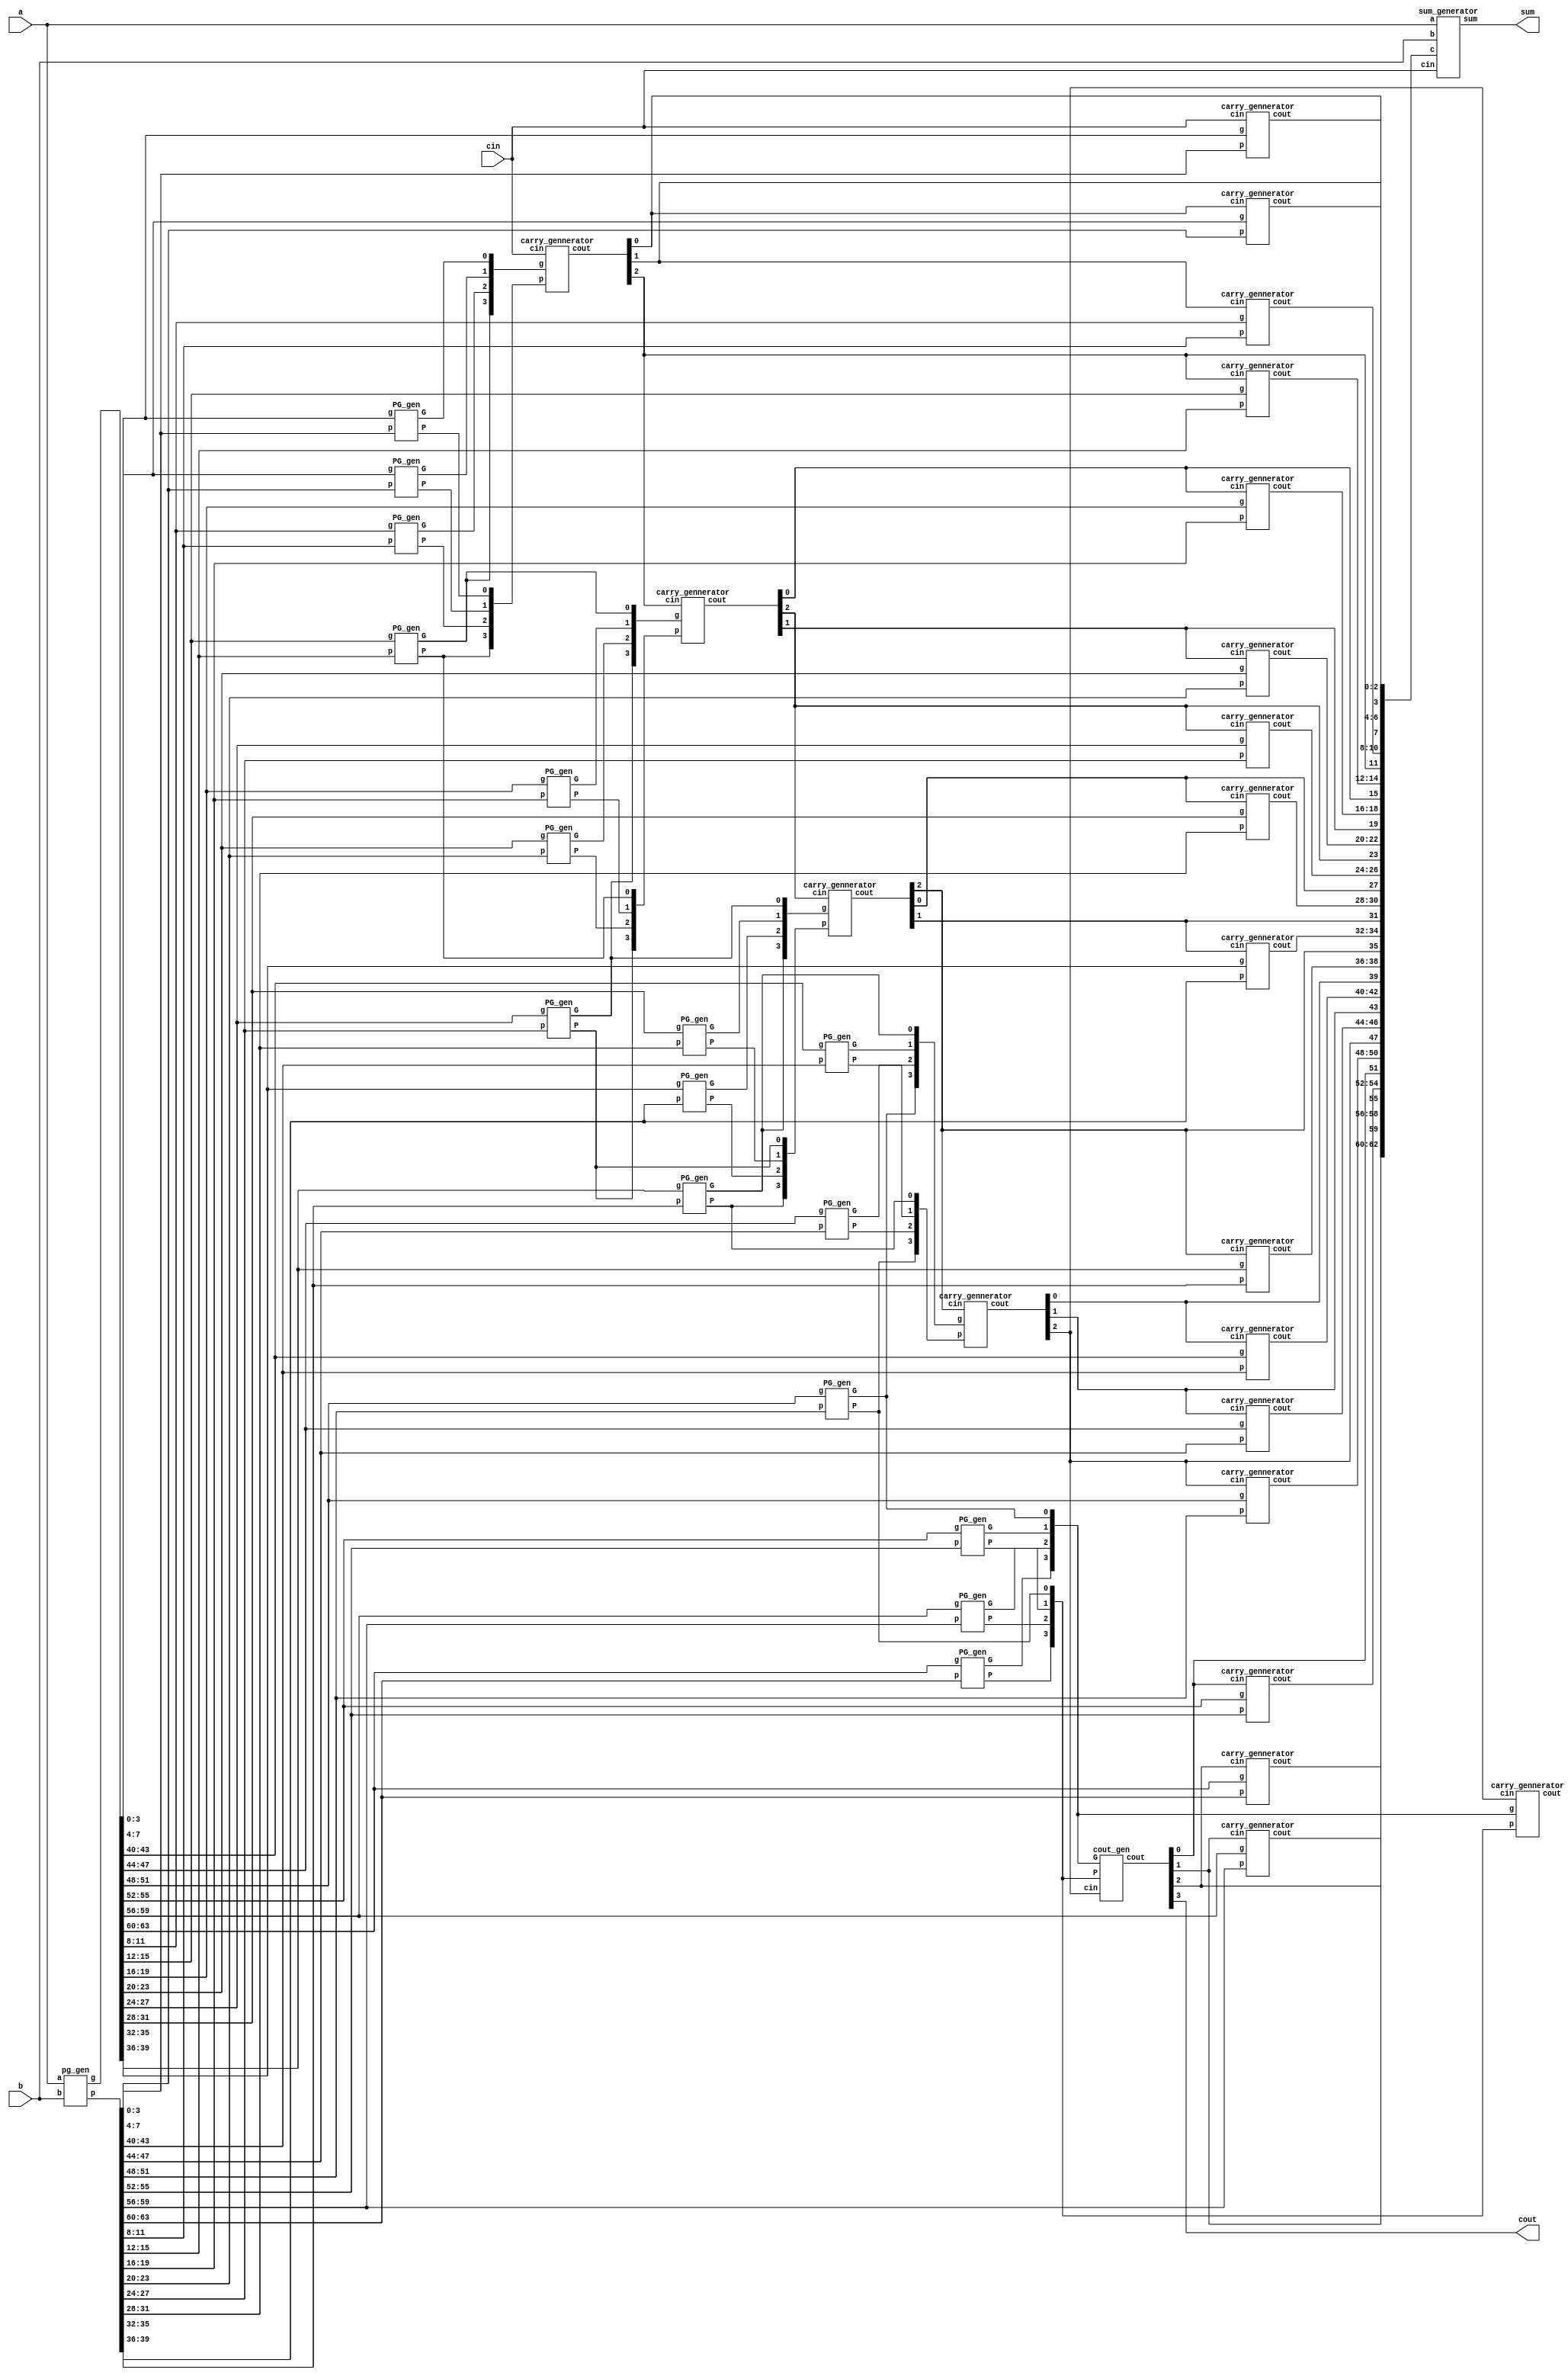
`timescale 1ns/1ps
module CLA_64bit(a,b,cin,sum,cout);
    input [63:0] a,b;
    input cin;
    output [63:0] sum;
    output cout;
    
    wire [63:0] p,g;
	wire [64:0] c;
	wire [15:0] P_4bits,G_4bits;
	
	pg_gen pg(a[63:0],b[63:0],p[63:0],g[63:0]);
	
	//generate 4 bits PG 
	PG_gen PG_4bits0(p[3:0],g[3:0],P_4bits[0],G_4bits[0]);
	PG_gen PG_4bits1(p[7:4],g[7:4],P_4bits[1],G_4bits[1]);
	PG_gen PG_4bits2(p[11:8],g[11:8],P_4bits[2],G_4bits[2]);
	PG_gen PG_4bits3(p[15:12],g[15:12],P_4bits[3],G_4bits[3]);
	PG_gen PG_4bits4(p[19:16],g[19:16],P_4bits[4],G_4bits[4]);
	PG_gen PG_4bits5(p[23:20],g[23:20],P_4bits[5],G_4bits[5]);
	PG_gen PG_4bits6(p[27:24],g[27:24],P_4bits[6],G_4bits[6]);
	PG_gen PG_4bits7(p[31:28],g[31:28],P_4bits[7],G_4bits[7]);
	PG_gen PG_4bits8(p[35:32],g[35:32],P_4bits[8],G_4bits[8]);
	PG_gen PG_4bits9(p[39:36],g[39:36],P_4bits[9],G_4bits[9]);
	PG_gen PG_4bits10(p[43:40],g[43:40],P_4bits[10],G_4bits[10]);
	PG_gen PG_4bits11(p[47:44],g[47:44],P_4bits[11],G_4bits[11]);
	PG_gen PG_4bits12(p[51:48],g[51:48],P_4bits[12],G_4bits[12]);
	PG_gen PG_4bits13(p[55:52],g[55:52],P_4bits[13],G_4bits[13]);
	PG_gen PG_4bits14(p[59:56],g[59:56],P_4bits[14],G_4bits[14]);
	PG_gen PG_4bits15(p[63:60],g[63:60],P_4bits[15],G_4bits[15]);
	
	//generate c4n
	carry_gennerator c4n0(P_4bits[3:0],G_4bits[3:0],cin,{c[12],c[8],c[4]});
	carry_gennerator c4n1(P_4bits[6:3],G_4bits[6:3],c[12],{c[24],c[20],c[16]});
	carry_gennerator c4n2(P_4bits[9:6],G_4bits[9:6],c[24],{c[36],c[32],c[28]});
	carry_gennerator c4n3(P_4bits[12:9],G_4bits[12:9],c[36],{c[48],c[44],c[40]});
	carry_gennerator c4n4(P_4bits[15:12],G_4bits[15:12],c[48],{c[60],c[56],c[52]});
	
	//generate c
	carry_gennerator c0(p[3:0],g[3:0],cin,c[3:1]);
	carry_gennerator c1(p[7:4],g[7:4],c[4],c[7:5]);
	carry_gennerator c2(p[11:8],g[11:8],c[8],c[11:9]);
	carry_gennerator c3(p[15:12],g[15:12],c[12],c[15:13]);
	carry_gennerator c4(p[19:16],g[19:16],c[16],c[19:17]);
	carry_gennerator c5(p[23:20],g[23:20],c[20],c[23:21]);
	carry_gennerator c6(p[27:24],g[27:24],c[24],c[27:25]);
	carry_gennerator c7(p[31:28],g[31:28],c[28],c[31:29]);
	carry_gennerator c8(p[35:32],g[35:32],c[32],c[35:33]);
	carry_gennerator c9(p[39:36],g[39:36],c[36],c[39:37]);
	carry_gennerator c10(p[43:40],g[43:40],c[40],c[43:41]);
	carry_gennerator c11(p[47:44],g[47:44],c[44],c[47:45]);
	carry_gennerator c12(p[51:48],g[51:48],c[48],c[51:49]);
	carry_gennerator c13(p[55:52],g[55:52],c[52],c[55:53]);
	carry_gennerator c14(p[59:56],g[59:56],c[56],c[59:57]);
	carry_gennerator c15(p[63:60],g[63:60],c[60],c[63:61]);
	
	cout_gen c16(P_4bits[15:12],G_4bits[15:12],c[48],{cout,c[60],c[56],c[52]});
	//generate sum
	sum_generator sum1( a[63:0], b[63:0], cin, c[63:1], sum[63:0]);
	

endmodule
	
	
module PG_gen(p,g,P,G);
	
		input [3:0] p,g;
		output P,G;
		
		assign P=p[0] & p[1] & p[2] & p[3];
		assign G=(g[0] & p[1] & p[2] & p[3])|(g[1]&p[2]&p[3])|(g[2]&p[3])|g[3];
		
endmodule
	
module carry_gennerator(p,g,cin,cout);
	
	    input [3:0] p,g;
		input cin;
		output [3:1] cout;
		
		assign cout[1] = g[0]|(p[0] & cin);
	    assign cout[2] = g[1]|(p[1] & g[0])|(p[1] & p[0] & cin);
	    assign cout[3] = g[2]|(p[2] & g[1])|(p[2] & p[1] & g[0])|(p[2] & p[1] & p[0] & cin);
		
		
endmodule

module cout_gen(P,G,cin,cout);
       input [3:0] P,G;
	   input cin;
	   output [3:0] cout;
	   
	   assign cout[0] = G[0]|(P[0] & cin);
	   assign cout[1] = G[1]|(P[1] & G[0])|(P[1] & P[0] & cin);
	   assign cout[2] = G[2]|(P[2] & G[1])|(P[2] & P[1] & G[0])|(P[2] & P[1] & P[0] & cin);
	   assign cout[3] = G[3]|(P[3] & G[2])|(P[3] & P[2] & G[1])|(P[3] & P[2] & P[1] & G[0])|(P[3] & P[2] & P[1] & P[0] & cin);
endmodule
	
module sum_generator(a,b,cin,c,sum);

     input [63:0] a,b;
	 input cin;
	 input [63:1] c;
	 output	[63:0] sum;

		
	 assign sum = a^ b^{c,cin};
		
endmodule
	
module pg_gen(a,b,p,g);
	
	    input [63:0] a,b;
		output [63:0] p,g;
		
		assign p=a|b;
		assign g=a&b;
		
endmodule